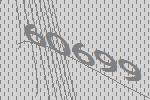
60699